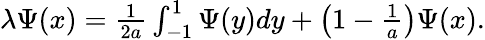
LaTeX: \begin{array}{r}{\lambda\Psi(x)=\frac{1}{2a}\int_{-1}^{1}\Psi(y)dy+\left(1-\frac{1}{a}\right)\Psi(x).}\end{array}